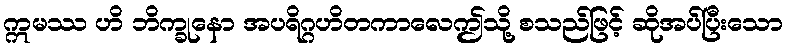
ဣမဿ ဟိ ဘိက္ခုနော အပရိဂ္ဂဟိတကာလေဤသို့ စသည်ဖြင့် ဆိုအပ်ပြီးသော